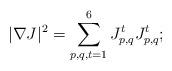
LaTeX: \begin{align*} |\nabla J|^2=\sum_{p,q,t=1}^6J_{p,q}^tJ_{p,q}^t;\end{align*}